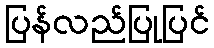
ပြန်လည်ပြုပြင်